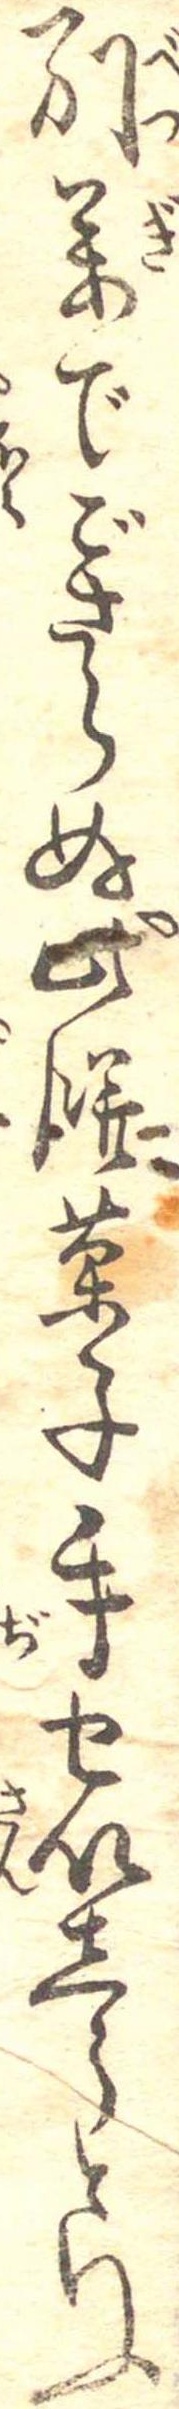
別義でごさらぬ此餅菓子手せいしうといふ